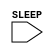
`timescale 1ns/1ps
`celldefine
module HEADX8 (SLEEP);
input SLEEP;



endmodule
`endcelldefine